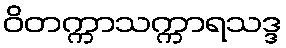
ဝိတက္ကာသက္ကာရသဒ္ဒ